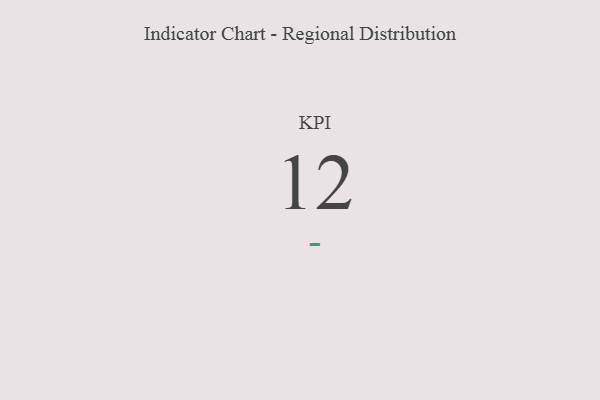
{"axis": {"x": "KPI", "y": "Value"}, "legend": [""], "data": [{"x": "KPI", "y": 12, "type": ""}]}